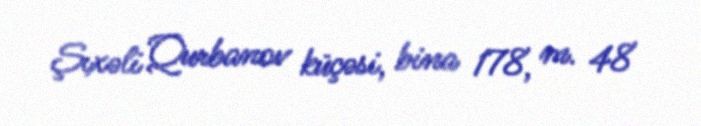
Şıxəli Qurbanov küçəsi, bina 178, m. 48